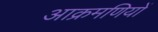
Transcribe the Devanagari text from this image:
आक्रमणियों